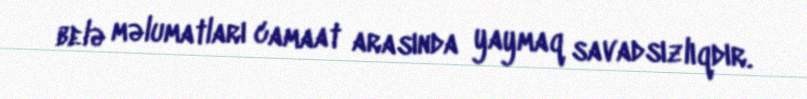
belə məlumatları camaat arasında yaymaq savadsızlıqdır.